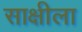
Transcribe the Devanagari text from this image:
साक्षीला